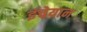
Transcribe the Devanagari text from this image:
इंचेयान